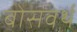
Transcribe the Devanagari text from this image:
बोसवर्थ